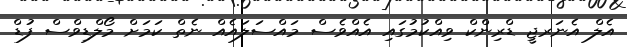
އެލް އެނަރޖީ ޑްރިންކް ވިއްކުމުގައި އެއްވެސް މައްސަލައެއް ނެތް ކަމަށް މޯލްޑިވްސް ފުޑް